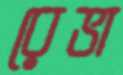
রেভা